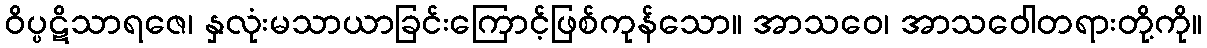
ဝိပ္ပဋိသာရဇေ၊ နှလုံးမသာယာခြင်းကြောင့်ဖြစ်ကုန်သော။ အာသဝေ၊ အာသဝေါတရားတို့ကို။